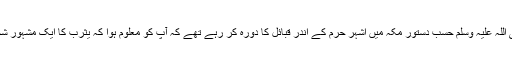
فرماتے ہیں : اس کے بعد آنحضرت صلی اللہ علیہ وسلم حسب دستور مکہ میں اَشْہُر حُرُمْ کے اندر قبائل کا دورہ کر رہے تھے کہ آپ کو معلوم ہوا کہ یثرب کا ایک مشہور شخص سُوَیْد بن صامت مکہ میں آیا ہوا ہے۔